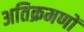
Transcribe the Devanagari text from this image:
अतिक्रमणों